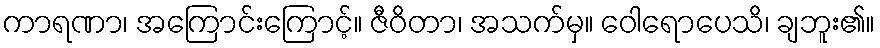
ကာရဏာ၊ အကြောင်းကြောင့်။ ဇီဝိတာ၊ အသက်မှ။ ဝေါရောပေသိ၊ ချဘူး၏။